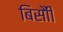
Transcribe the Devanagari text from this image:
बिसौी